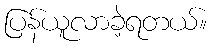
ပြန်ယူလာခဲ့ရတယ်။